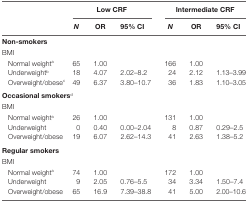
<table><thead><tr><td></td><td colspan="3"><b>Low CRF</b></td><td colspan="3"><b>Intermediate CRF</b></td></tr><tr><td></td><td><b><i>N</i></b></td><td><b>OR</b></td><td><b>95% CI</b></td><td><b><i>N</i></b></td><td><b>OR</b></td><td><b>95% CI</b></td></tr></thead><tbody><tr><td colspan="7"><b>Non-smokers</b></td></tr><tr><td colspan="7">BMI</td></tr><tr><td> Normal weight<sup>a</sup></td><td>65</td><td>1.00</td><td></td><td>166</td><td>1.00</td><td></td></tr><tr><td> Underweight<sup>b</sup></td><td>18</td><td>4.07</td><td>2.02–8.2</td><td>24</td><td>2.12</td><td>1.13–3.99</td></tr><tr><td> Overweight/obese<sup>c</sup></td><td>49</td><td>6.37</td><td>3.80–10.7</td><td>36</td><td>1.83</td><td>1.10–3.05</td></tr><tr><td colspan="7"><b>Occasional smokers<sup>d</sup></b></td></tr><tr><td colspan="7">BMI</td></tr><tr><td> Normal weight<sup>a</sup></td><td>26</td><td>1.00</td><td></td><td>131</td><td>1.00</td><td></td></tr><tr><td> Underweight</td><td>0</td><td>0.40</td><td>0.00–2.04</td><td>8</td><td>0.87</td><td>0.29–2.5</td></tr><tr><td> Overweight/obese</td><td>19</td><td>6.07</td><td>2.62–14.3</td><td>41</td><td>2.63</td><td>1.38–5.2</td></tr><tr><td colspan="7"><b>Regular smokers</b></td></tr><tr><td colspan="7">BMI</td></tr><tr><td> Normal weight<sup>a</sup></td><td>74</td><td>1.00</td><td></td><td>172</td><td>1.00</td><td></td></tr><tr><td> Underweight</td><td>9</td><td>2.05</td><td>0.76–5.5</td><td>34</td><td>3.34</td><td>1.50–7.4</td></tr><tr><td> Overweight/obese</td><td>65</td><td>16.9</td><td>7.39–38.8</td><td>41</td><td>5.00</td><td>2.00–10.6</td></tr></tbody></table>